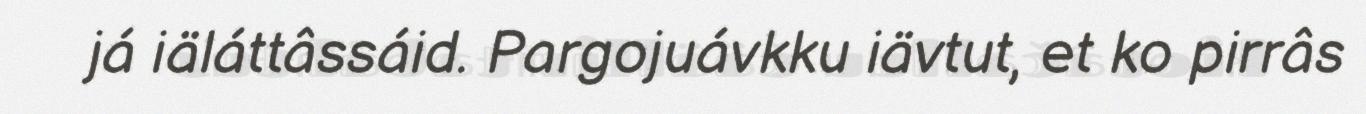
já iäláttâssáid. Pargojuávkku iävtut, et ko pirrâs